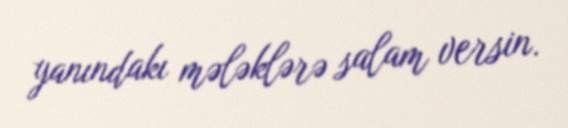
yanındakı mələklərə salam versin.